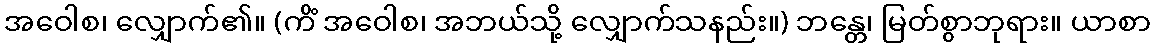
အဝေါစ၊ လျှောက်၏။ (ကိံ အဝေါစ၊ အဘယ်သို့ လျှောက်သနည်း။) ဘန္တေ၊ မြတ်စွာဘုရား။ ယာစာ